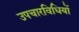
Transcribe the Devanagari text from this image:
उपचारविधियों